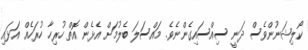
ކޯލިޝަނުންވެސް ދަނީ ސިއްސައިގެންނެވެ. މައްސަލަ ބެލުމަށް އެޅެން އޮތް ހުރިހާ ހުރަހެއް އަޅައި